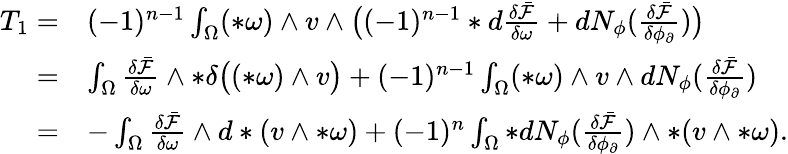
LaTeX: \begin{array}{rl}{T_{1}=}&{(-1)^{n-1}\int_{\Omega}(\ast\omega)\wedge v\wedge\big((-1)^{n-1}\ast d\frac{\delta\bar{\mathcal{F}}}{\delta\omega}+dN_{\phi}(\frac{\delta\bar{\mathcal{F}}}{\delta\phi_{\partial}})\big)}\\ {=}&{\int_{\Omega}\frac{\delta\bar{\mathcal{F}}}{\delta\omega}\wedge\ast\delta\big((\ast\omega)\wedge v\big)+(-1)^{n-1}\int_{\Omega}(\ast\omega)\wedge v\wedge dN_{\phi}(\frac{\delta\bar{\mathcal{F}}}{\delta\phi_{\partial}})}\\ {=}&{-\int_{\Omega}\frac{\delta\bar{\mathcal{F}}}{\delta\omega}\wedge d\ast(v\wedge\ast\omega)+(-1)^{n}\int_{\Omega}\ast dN_{\phi}(\frac{\delta\bar{\mathcal{F}}}{\delta\phi_{\partial}})\wedge\ast(v\wedge\ast\omega).}\end{array}